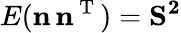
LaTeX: E(\mathbf{n}\, \mathbf{n}^{\mathrm{~T~}})=\mathbf{S^{2}}